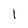
Character: 1